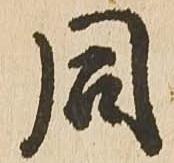
同